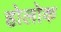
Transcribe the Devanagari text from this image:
होलोक